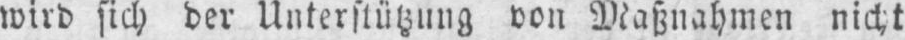
wird sich der Unterstützung von Maßnahmen nicht